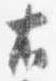
右